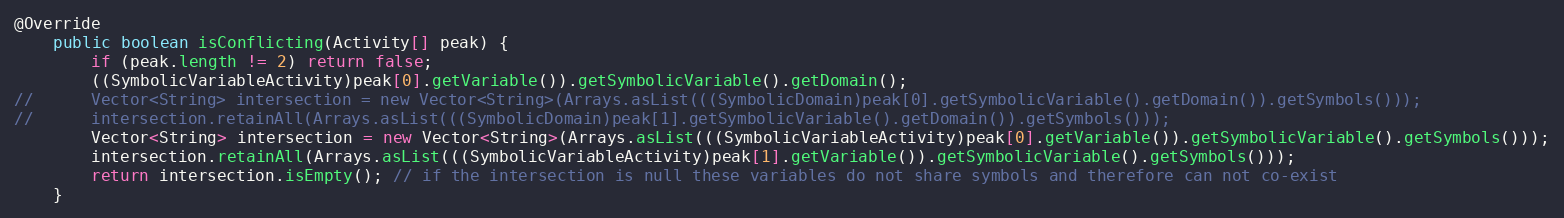
Language: Java
@Override
	public boolean isConflicting(Activity[] peak) {
		if (peak.length != 2) return false;
		((SymbolicVariableActivity)peak[0].getVariable()).getSymbolicVariable().getDomain();
//		Vector<String> intersection = new Vector<String>(Arrays.asList(((SymbolicDomain)peak[0].getSymbolicVariable().getDomain()).getSymbols()));
//		intersection.retainAll(Arrays.asList(((SymbolicDomain)peak[1].getSymbolicVariable().getDomain()).getSymbols()));
		Vector<String> intersection = new Vector<String>(Arrays.asList(((SymbolicVariableActivity)peak[0].getVariable()).getSymbolicVariable().getSymbols()));
		intersection.retainAll(Arrays.asList(((SymbolicVariableActivity)peak[1].getVariable()).getSymbolicVariable().getSymbols()));
		return intersection.isEmpty(); // if the intersection is null these variables do not share symbols and therefore can not co-exist
	}